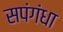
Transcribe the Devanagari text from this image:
सपंगंधा